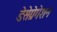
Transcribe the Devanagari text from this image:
डेसेग्रेगेशन